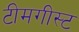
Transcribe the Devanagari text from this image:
टीमगीस्ट